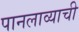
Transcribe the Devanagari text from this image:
पानलाव्याची